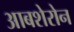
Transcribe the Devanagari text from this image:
आबशेरोन